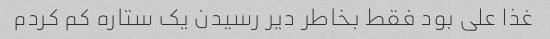
غذا علی بود فقط بخاطر دیر رسیدن یک ستاره کم کردم